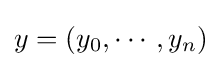
y=(y_{0},\cdots ,y_{n})